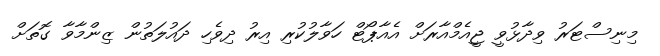
މިނިސްޓަރު ވިދާޅުވީ ޖީއެމްއާރަށް އެއާޕޯޓް ހަވާލުކުރި އިރު ދިވެހި ދައުލަތުން ޒިންމާވާ ގޮތަށް